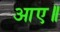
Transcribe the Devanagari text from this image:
आए॥